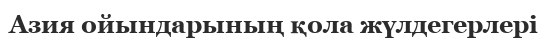
Азия ойындарының қола жүлдегерлері